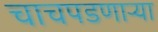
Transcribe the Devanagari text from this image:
चाचपडणार्‍या